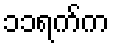
၁၁ရက်က